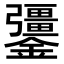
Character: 𨯞